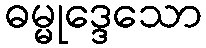
ဓမ္မုဒ္ဒေသော